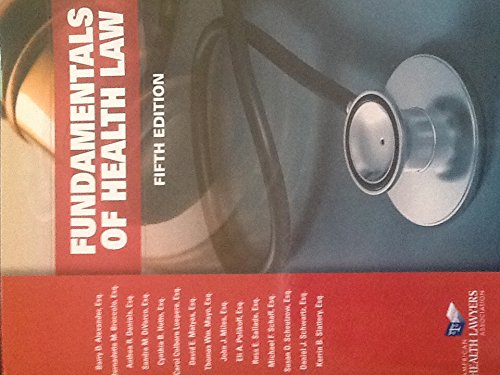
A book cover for Fundamentals of Health Law; Law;